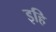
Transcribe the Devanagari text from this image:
इहि